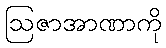
ဩဇာအာဏာကို